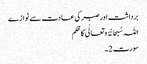
برداشت اور صبر کی عادت سے نوازے
اللہ سُبحانُہُ و تعالٰی کا حُکم
سورت 2 ۔